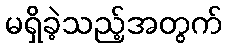
မရှိခဲ့သည့်အတွက်